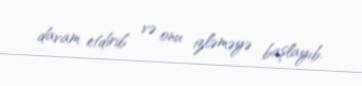
davam etdirib və onu izləməyə başlayıb.